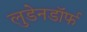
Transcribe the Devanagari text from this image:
लुडेनडॉर्फ